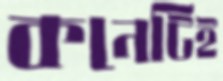
কনেটিই